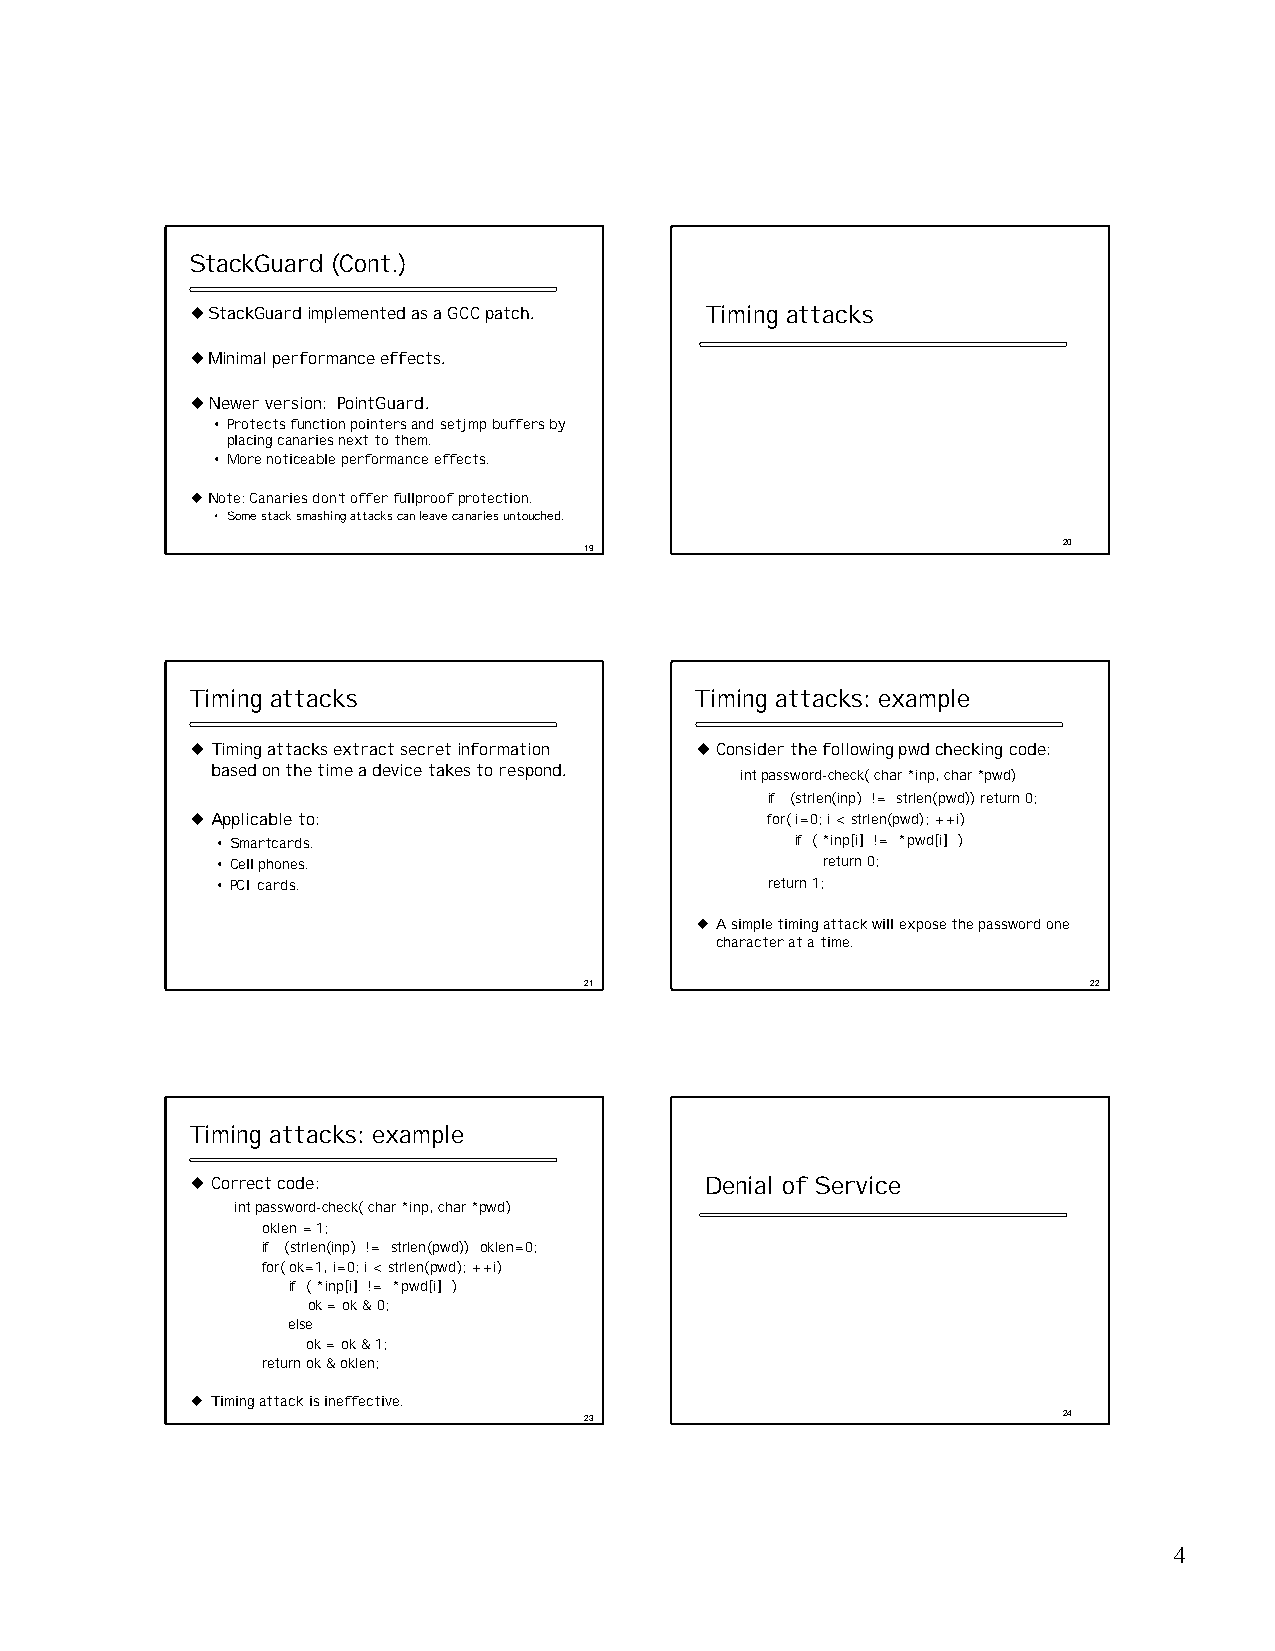
StackGuard (Cont.)
 uStackGuardimplemented as a GCC patch. Timing attacks
 uMinimal performance effects.
 uNewer version: PointGuard.
 • Protects function pointers and setjmp buffers by
 placing canaries next to them.
 • More noticeable performance effects.
 uNote: Canaries don’t offerf ullproofprotection.
 • Some stack smashing attacks can leave canaries untouched.
 19                             20
 Timing attacks                    Timing attacks: example
 uTiming attacks extract secret information uConsider the following pwdchecking code:
 based on the time a device takes to respond. intpassword-check( char *inp, char *pwd)
 if (strlen(inp) != strlen(pwd)) return 0;
 uApplicable to:                       for( i=0; i < strlen(pwd); ++i)
 •Smartcards.                           if ( *inp[i] != *pwd[i] )
 •Cell phones.                           return 0;
 •PCI cards.                          return 1;
 u A simple timing attack will expose the password one
 character at a time.
 21                               22
 Timing attacks: example
 uCorrect code:                    Denial of Service
 intpassword-check( char *inp, char *pwd)
 oklen= 1;
 if (strlen(inp) != strlen(pwd)) oklen=0;
 for( ok=1, i=0; i < strlen(pwd); ++i)
 if ( *inp[i] != *pwd[i] )
 ok = ok & 0;
 else
 ok = ok & 1;
 return ok & oklen;
 u Timing attack is ineffective.
 23                             24
 4